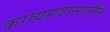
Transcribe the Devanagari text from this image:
काव्यप्रवासातील